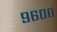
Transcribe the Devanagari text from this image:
९६००